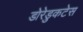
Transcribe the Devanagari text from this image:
डोरेडुकटेस